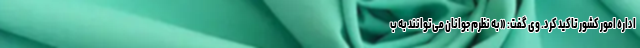
اداره امور کشور تاکید کرد. وی گفت: «به نظرم جوانان می‌توانند به ب